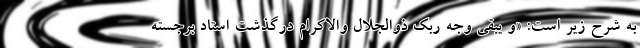
به شرح زیر است: «و یبقی وجه ربک ذوالجلال والاکرام درگذشت استاد برجسته